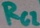
Text: RG2